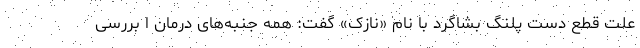
علت قطع دست پلنگ بشاگرد با نام «نازک» گفت: همه جنبه‌های درمان ا بررسی